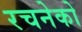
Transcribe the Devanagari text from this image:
रचनेको